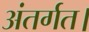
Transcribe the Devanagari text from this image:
अंतर्गत।